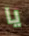
يا